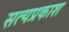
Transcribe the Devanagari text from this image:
सत्‍यप्रकाश